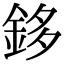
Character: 鉹